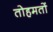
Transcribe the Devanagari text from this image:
तोहमतों